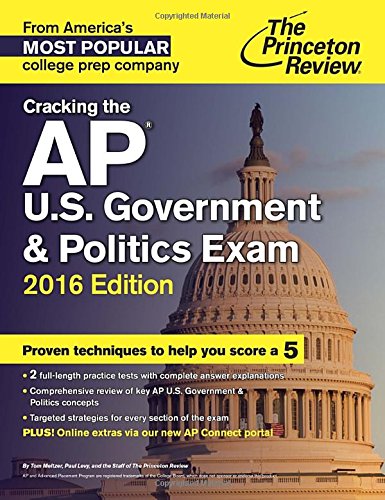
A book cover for Cracking the AP U.S. Government & Politics Exam, 2016 Edition (College Test Preparation); Princeton Review; Test Preparation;